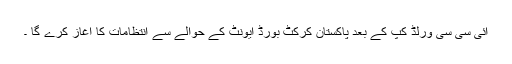
آئی سی سی ورلڈ کپ کے بعد پاکستان کرکٹ بورڈ ایونٹ کے حوالے سے انتظامات کا آغاز کرے گا ۔